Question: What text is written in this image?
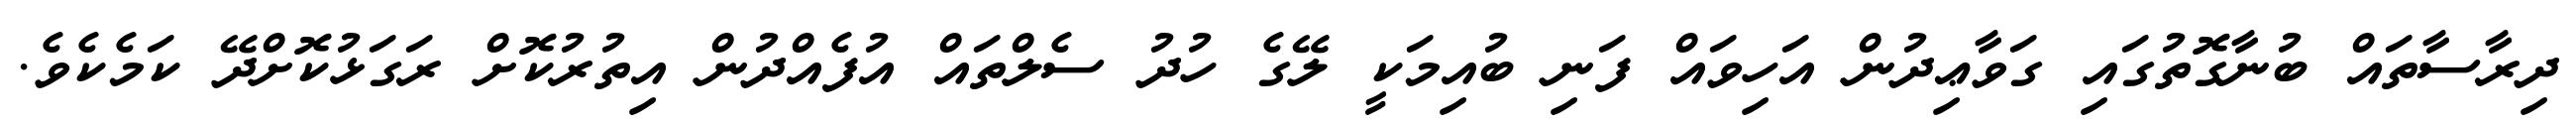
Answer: ދިރާސާތައް ބުނާގޮތުގައި ގަވާޢިދުން އަހިވައް ފަނި ބުއިމަކީ ލޭގެ ހުދު ސެލްތައް އުފެއްދުން އިތުރުކޮށް ރަގަޅުކޮށްދޭ ކަމެކެވެ.